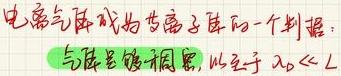
电离气体成为等离子体的一个判据：
气体足够稠密，以至于 \(\lambda_{D}\ll L\)